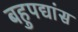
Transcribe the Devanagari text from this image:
बहुपद्यांस